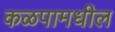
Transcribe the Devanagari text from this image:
कळपामधील